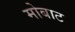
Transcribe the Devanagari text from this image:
मोबाट